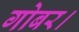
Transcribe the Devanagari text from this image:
गोबर।